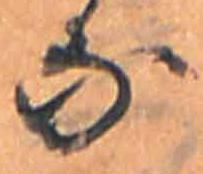
な